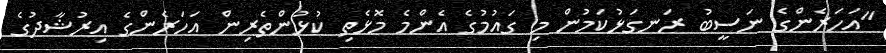
"އަހަރެންގެ ނަސީބު ރަނގަޅުކަމުން މި ގައުމުގެ އެންމެ މޮޅެތި ކުޅުންތެރިން އަހަރެންގެ އިރުޝާދުގެ